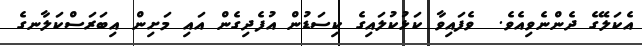
އެކަލޭގެ ދެންނެވިއެވެ.  ވެފައިވާ ކަޅުކުލައިގެ ކިސަޑުން އުފެދިގެން އައި މަށިން އިބަރަސްކަލާނގެ